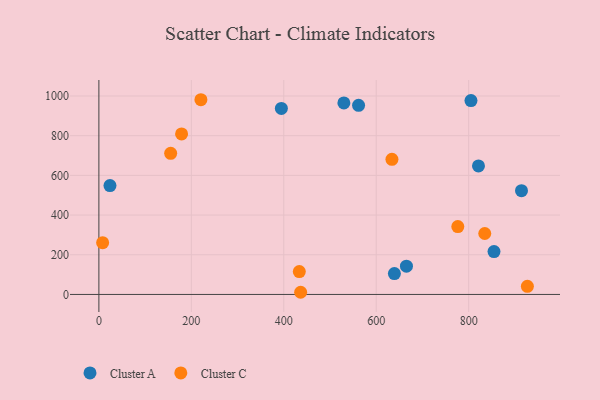
{"axis": {"x": "Investment", "y": "Yield"}, "legend": ["Cluster A", "Cluster C"], "data": [{"x": "821.2", "y": 647.4, "type": "Cluster A"}, {"x": "665.4", "y": 142.2, "type": "Cluster A"}, {"x": "854.8", "y": 215.8, "type": "Cluster A"}, {"x": "639.3", "y": 104.9, "type": "Cluster A"}, {"x": "914.3", "y": 522.8, "type": "Cluster A"}, {"x": "805.0", "y": 976.9, "type": "Cluster A"}, {"x": "561.8", "y": 953.2, "type": "Cluster A"}, {"x": "530.0", "y": 964.9, "type": "Cluster A"}, {"x": "24.0", "y": 548.8, "type": "Cluster A"}, {"x": "394.8", "y": 937.6, "type": "Cluster A"}, {"x": "776.5", "y": 342.0, "type": "Cluster C"}, {"x": "927.0", "y": 40.7, "type": "Cluster C"}, {"x": "433.6", "y": 115.0, "type": "Cluster C"}, {"x": "8.1", "y": 261.0, "type": "Cluster C"}, {"x": "178.9", "y": 808.8, "type": "Cluster C"}, {"x": "220.7", "y": 981.2, "type": "Cluster C"}, {"x": "834.8", "y": 307.0, "type": "Cluster C"}, {"x": "634.0", "y": 681.0, "type": "Cluster C"}, {"x": "155.3", "y": 711.0, "type": "Cluster C"}, {"x": "436.5", "y": 10.9, "type": "Cluster C"}]}